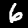
Digit: 6